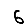
Digit: 6